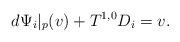
LaTeX: \begin{align*}d\Psi_i|_p(v) + T^{1,0}D_i = v.\end{align*}